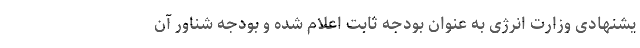
یشنهادی وزارت انرژی به عنوان بودجه ثابت اعلام شده و بودجه شناور آن